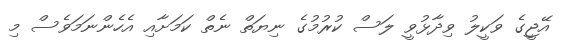
އޭޖީގެ ވަކީލު ވިދާޅުވީ ލަސް ކުރުމުގެ ނިޔަތް ނެތް ކަމަށާއި އެހެންނަމަވެސް މި